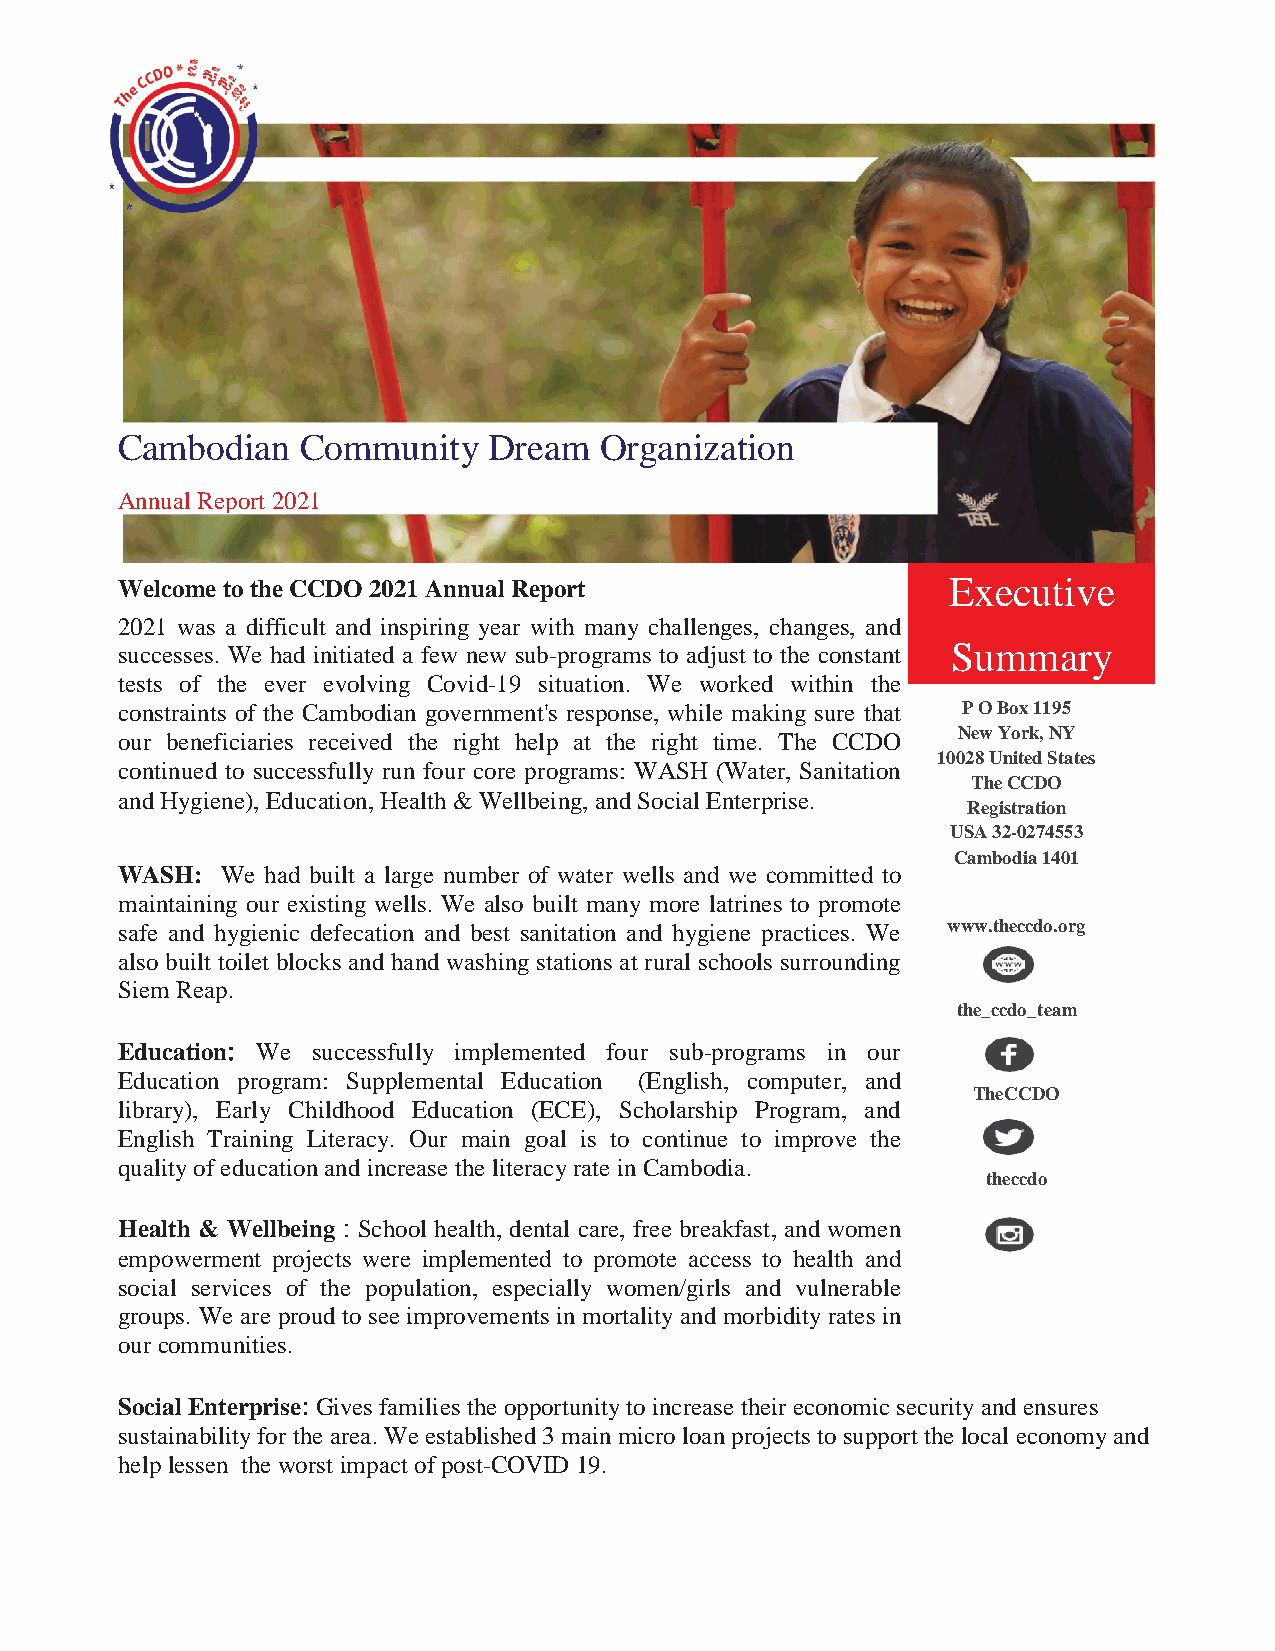
C ambodian  Community   Dream   Organization
 Annual Report 2021
 Welcome to the CCDO 2021 Annual Report                 Executive
 2021 was a difficult and inspiring year with many challenges, changes, and
 successes. We had initiated a few new sub-programs to adjust to the constant Summary
 tests of the ever evolving Covid-19 situation. We worked within the
 constraints of the Cambodian government's response, while making sure that P O Box 1195
 our beneficiaries received the right help at the right time. The CCDO New York, NY
 10028 United States
 continued to successfully run four core programs: WASH (Water, Sanitation
 The CCDO
 and Hygiene), Education, Health & Wellbeing, and Social Enterprise
 .         Registration
 USA 32-0274553
 Cambodia 1401
 WASH:  We had built a large number of water wells and we committed to
 maintaining our existing wells. We also built many more latrines to promote
 safe and hygienic defecation and best sanitation and hygiene practices. We www.theccdo.org
 also built toilet blocks and hand washing stations at rural schools surrounding
 Siem Reap.
 the_ccdo_team
 Education: We successfully implemented four sub-programs in our
 Education program: Supplemental Education (English, computer, and
 TheCCDO
 library), Early Childhood Education (ECE), Scholarship Program, and
 English Training Literacy. Our main goal is to continue to improve the
 quality of education and increase the literacy rate in Cambodia.
 theccdo
 Health & Wellbeing : School health, dental care, free breakfast, and women
 empowerment projects were implemented to promote access to health and
 social services of the population, especially women/girls and vulnerable
 groups. We are proud to see improvements in mortality and morbidity rates in
 our communities.
 Social Enterprise: Gives families the opportunity to increase their economic security and ensures
 sustainability for the area. We established 3 main micro loan projects to support the local economy and
 help lessen the worst impact of post-COVID 19.